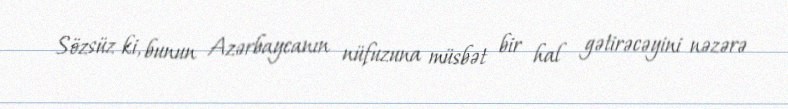
Sözsüz ki, bunun Azərbaycanın nüfuzuna müsbət bir hal gətirəcəyini nəzərə